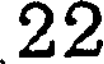
22